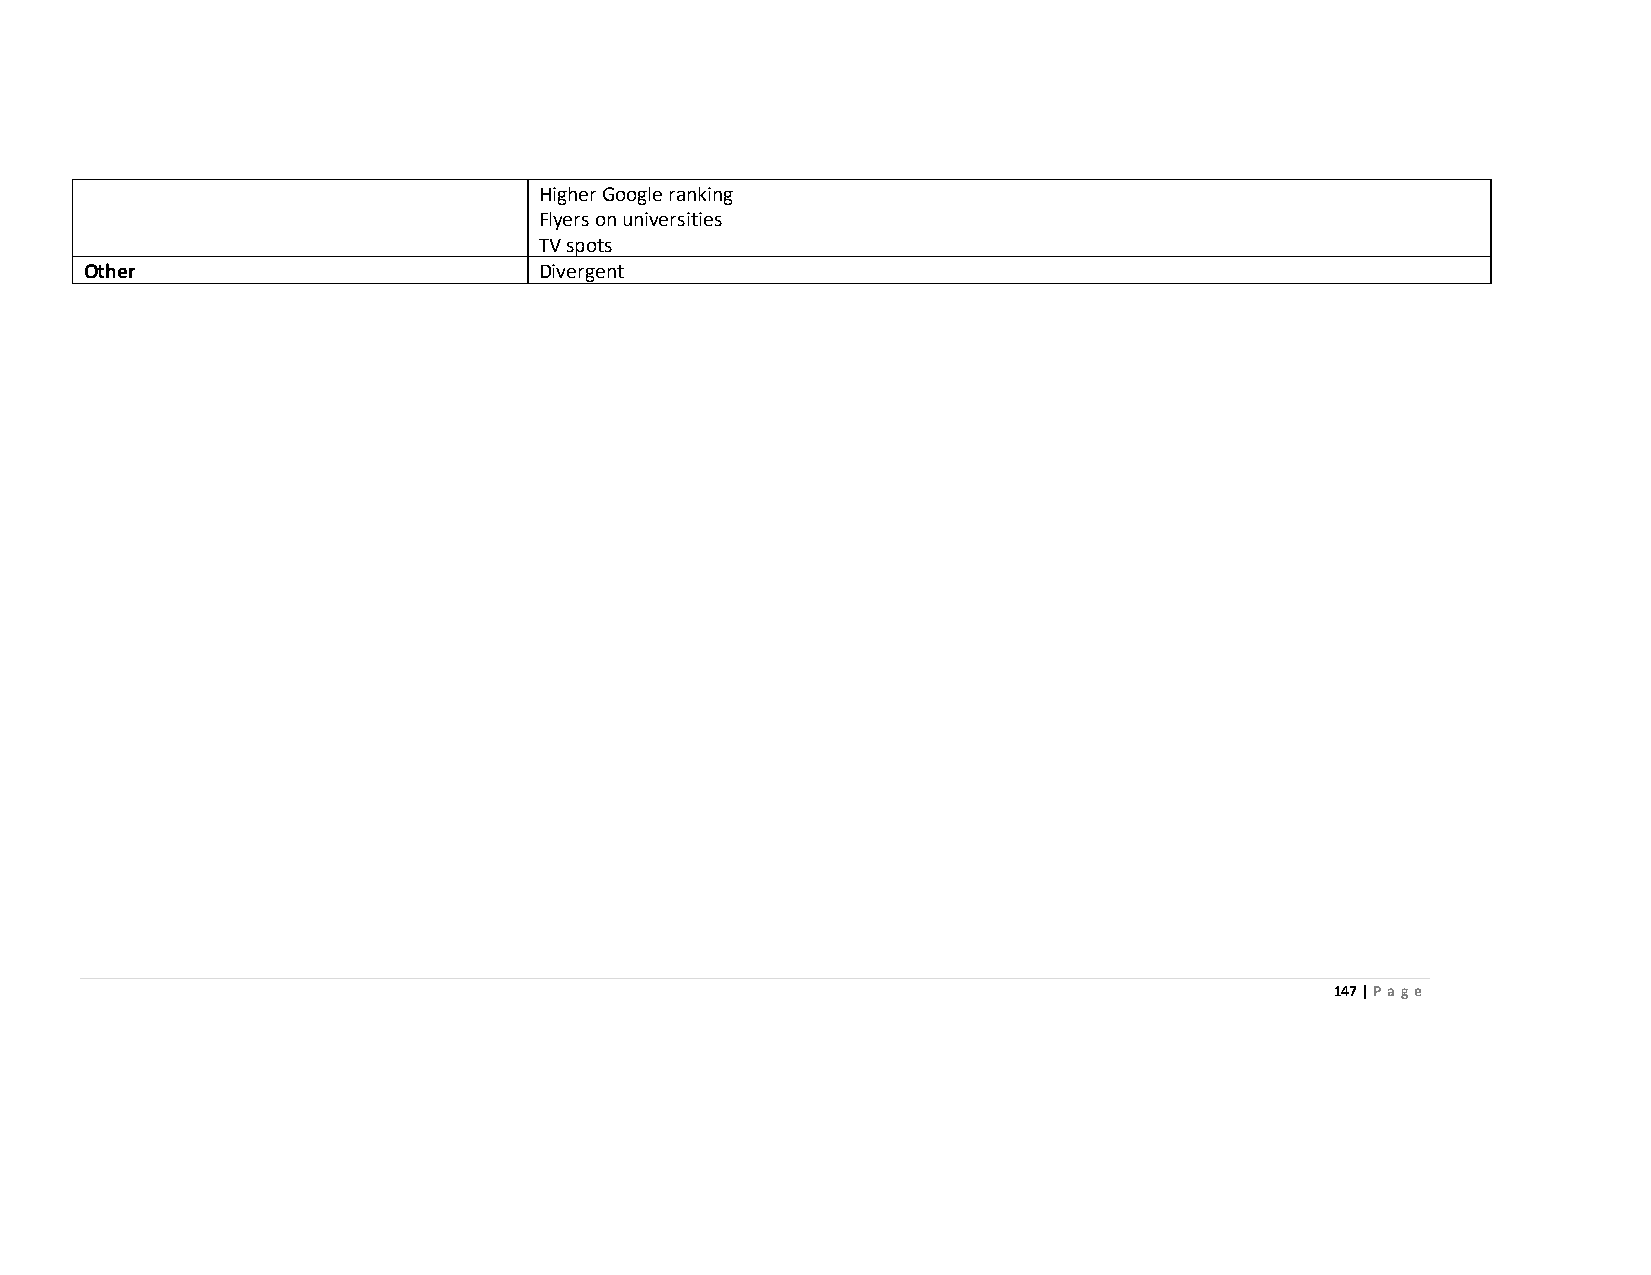
Higher Google ranking
 Flyers on universities
 TV spots
 Other                         Divergent
 147 | Page